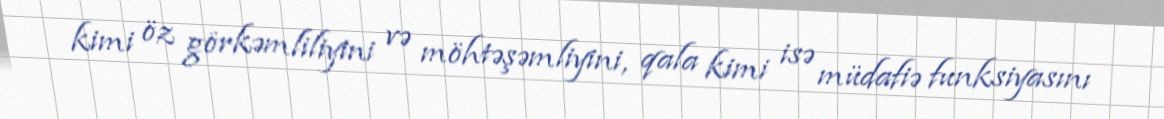
kimi öz görkəmliliyini və möhtəşəmliyini, qala kimi isə müdafiə funksiyasını